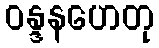
ဝန္ဒနဟေတု